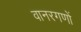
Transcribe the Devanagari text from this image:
वानरगणों